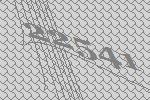
22541